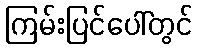
ကြမ်းပြင်ပေါ်တွင်